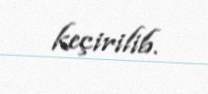
keçirilib.